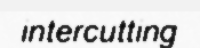
intercutting